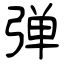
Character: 弹